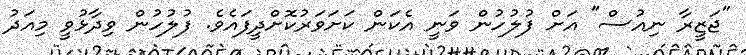
"ޖަޒީރާ ނިއުސް" އަށް ފުލުހުން ވަނީ އެކަން ކަށަވަރުކޮށްދީފައެވެ. ފުލުހުން ވިދާޅުވީ މިއަދު